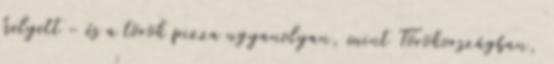
helyett - és a török pizza ugyanolyan, mint Törökországban,